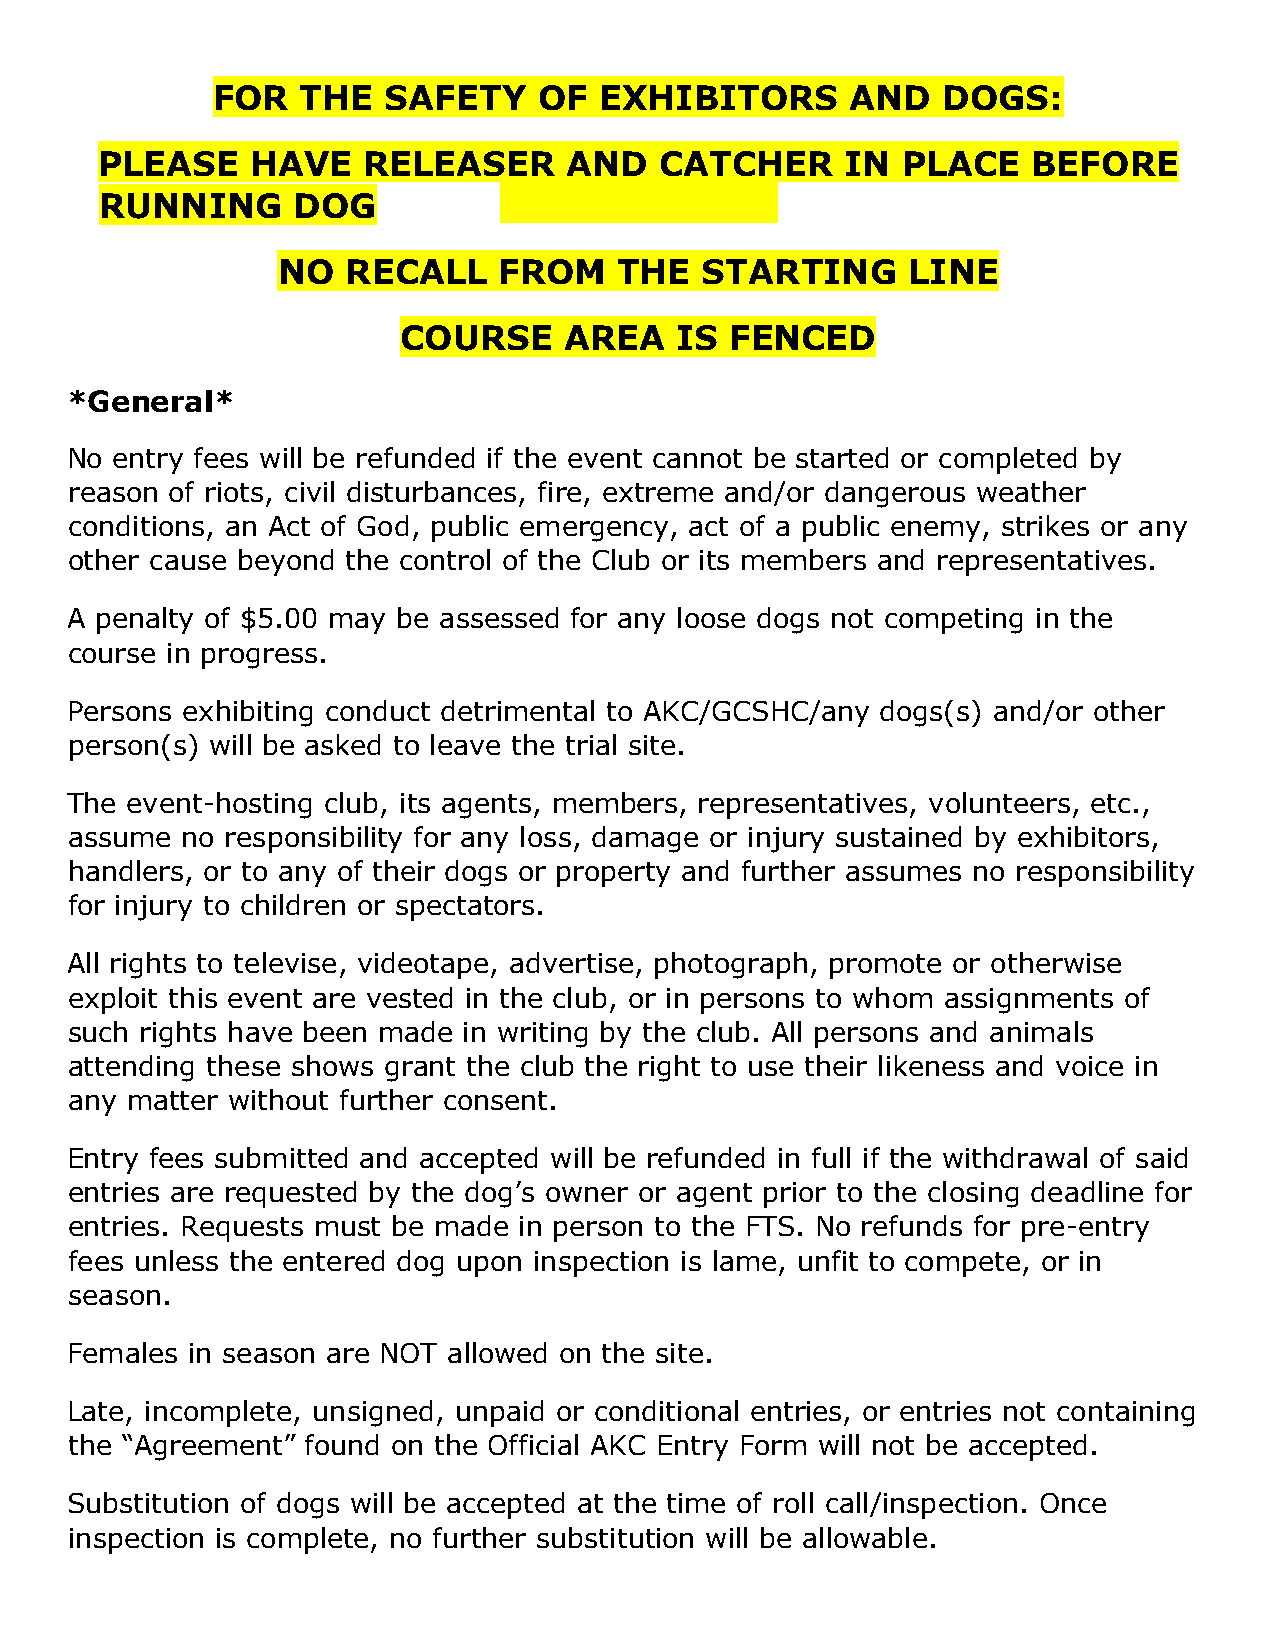
FOR   THE   SAFETY    OF  EXHIBITORS      AND   DOGS:
 PLEASE     HAVE   RELEASER     AND    CATCHER     IN  PLACE   BEFORE
 RUNNING     DOG
 NO   RECALL    FROM    THE  STARTING      LINE
 COURSE     AREA    IS FENCED
 *General*
 No entry fees will be refunded if the event cannot be started or completed by
 reason of riots, civil disturbances, fire, extreme and/or dangerous weather
 conditions, an Act of God, public emergency, act of a public enemy, strikes or any
 other cause beyond the control of the Club or its members and representatives.
 A penalty of $5.00 may be assessed for any loose dogs not competing in the
 course in progress.
 Persons exhibiting conduct detrimental to AKC/GCSHC/any dogs(s) and/or other
 person(s) will be asked to leave the trial site.
 The event-hosting club, its agents, members, representatives, volunteers, etc.,
 assume  no responsibility for any loss, damage or injury sustained by exhibitors,
 handlers, or to any of their dogs or property and further assumes no responsibility
 for injury to children or spectators.
 All rights to televise, videotape, advertise, photograph, promote or otherwise
 exploit this event are vested in the club, or in persons to whom assignments of
 such rights have been made in writing by the club. All persons and animals
 attending these shows grant the club the right to use their likeness and voice in
 any matter without further consent.
 Entry fees submitted and accepted will be refunded in full if the withdrawal of said
 entries are requested by the dog’s owner or agent prior to the closing deadline for
 entries. Requests must be made in person to the FTS. No refunds for pre-entry
 fees unless the entered dog upon inspection is lame, unfit to compete, or in
 season.
 Females in season are NOT allowed on the site.
 Late, incomplete, unsigned, unpaid or conditional entries, or entries not containing
 the “Agreement” found on the Official AKC Entry Form will not be accepted.
 Substitution of dogs will be accepted at the time of roll call/inspection. Once
 inspection is complete, no further substitution will be allowable.